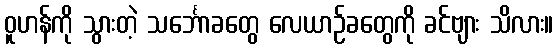
ဝူဟန်ကို သွားတဲ့ သင်္ဘောခတွေ လေယာဉ်ခတွေကို ခင်ဗျား သိလား။